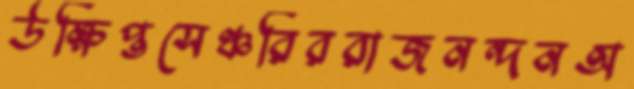
উক্ষিপ্তসেঞ্চরিররাজনন্দনঅ